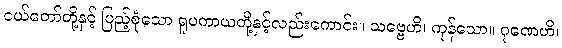
ငယ်တော်တို့နှင့် ပြည့်စုံသော ရူပကာယတို့နှင့်လည်းကောင်း။ သဗ္ဗေဟိ၊ ကုန်သော။ ဂုဏေဟိ၊